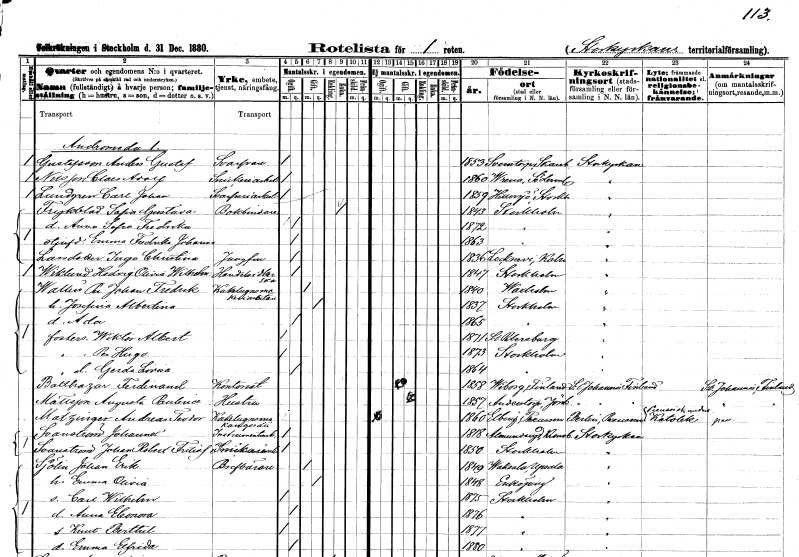
gt_parse: households: individuals: FN: Anders Gustaf
EN: Gustafsson
YRKE: Svarvare
KON: M
CIV: O
FODAR: 1853
FODFORS: Sventorp Skaraborgs län
FN: Claes Adolf
EN: Nilsson
YRKE: Snickeriarbetare
KON: M
CIV: O
FODAR: 1860
FODFORS: Vrena Södermanlands län
FN: Carl Johan
EN: Lundgren
YRKE: Svarveriarbetare
KON: M
CIV: O
FODAR: 1859
FODFORS: Hilleshög Stockholms län
FN: Sofia Gustava
EN: Frykblad
YRKE: Bokbinderska
KON: K
CIV: E
FODAR: 1843
FODFORS: Stockholm
FN: Anna Sofia Fredrika
KON: K
CIV: O
FODAR: 1872
FODFORS: Stockholm
FN: Emma Fredrika Johanna
KON: K
CIV: O
FODAR: 1863
FODFORS: Stockholm
FN: Inga Christina
EN: Larsdotter
YRKE: Jungfru
KON: K
CIV: O
FODAR: 1836
FODFORS: Locknevi Kalmar län
FN: Hedvig Olivia Wilhelmina
EN: Wiklund
YRKE: Handelsidkerska
KON: K
CIV: O
FODAR: 1847
FODFORS: Stockholm
FN: Per Johan Fredrik
EN: Wallin
YRKE: Kakelugnsmakeriarbetare
KON: M
CIV: G
FODAR: 1840
FODFORS: Vaxholm Stockholms län
FN: Josefina Albertina
KON: K
CIV: G
FODAR: 1837
FODFORS: Stockholm
FN: Ada
KON: K
CIV: O
FODAR: 1865
FODFORS: Stockholm
FN: Wiktor Albert
KON: M
CIV: O
FODAR: 1871
FN: Per Hugo
KON: M
CIV: O
FODAR: 1873
FODFORS: Stockholm
FN: Gerda Lovisa
KON: K
CIV: O
FODAR: 1864
FODFORS: Stockholm
FN: Ferdinand
EN: Bolthazar
YRKE: Kontorist
KON: M
CIV: G
FODAR: 1858
FN: Augusta Paulina
EN: Mattsson
YRKE: Hustru
KON: K
CIV: G
FODAR: 1857
FODFORS: Anderstorp Jönköpings län
FN: Andreas Teodor
EN: Matzinger
YRKE: Kakelugnsmakaregesäll
KON: M
CIV: O
FODAR: 1860
FN: Johannes
EN: Svanström
YRKE: Instrumentmakare
KON: M
CIV: O
FODAR: 1818
FODFORS: Almundsryd Kronobergs län
FN: Johan Robert Fritiof
EN: Svanström
YRKE: Snickeriarbetare
KON: M
CIV: O
FODAR: 1850
FODFORS: Stockholm
FN: Johan Erik
EN: Sjölin
YRKE: Brevbärare
KON: M
CIV: G
FODAR: 1849
FODFORS: Vaksala Uppsala län
FN: Emma Olivia
KON: K
CIV: G
FODAR: 1848
FODFORS: Enköping Uppsala län
FN: Carl Wilhelm
KON: M
CIV: O
FODAR: 1875
FODFORS: Stockholm
FN: Anna Eleonora
KON: K
CIV: O
FODAR: 1876
FODFORS: Stockholm